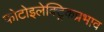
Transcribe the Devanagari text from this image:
फोटोइलेक्ट्रिकप्रभाव